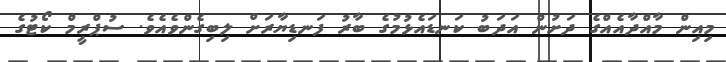
މިއިން މާއްދާއެއްގެ ދަށުން އަދަބު ކަނޑައެޅުމުގެ ބާރު ފަނޑިޔާރަށް ލިބިގެންވެއެވެ. ސުޕްރީމް ކޯޓުގެ